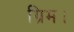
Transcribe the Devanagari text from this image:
ग्रिम।